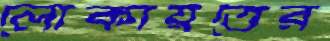
লোকায়তের